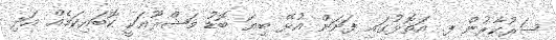
ސަރުކާރުން ފ. އަތޮޅުގައި ފަށަން އުޅޭ ބިޔަ ބޮޑު މަޝްރޫޢަކީ ކޮބައިކަމެއް އަދި